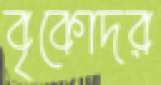
বৃকোদর